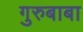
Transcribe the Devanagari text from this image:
गुरुबाबा